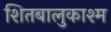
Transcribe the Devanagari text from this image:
शितबालुकाश्म